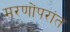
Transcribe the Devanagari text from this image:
मरणोंपरांत